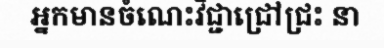
អ្នកមានចំណេះវិជ្ជាជ្រៅជ្រះ នា